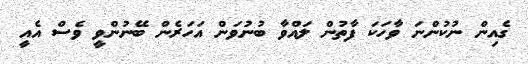
ގެއިން ނުކުންނަ ވާހަކަ ފާތުން ލައްވާ ބުނުވަން އަހަރެން ބޭނުންވީ ވެސް އެއީ